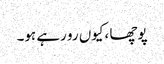
پوچھا ،کیوں رو رہے ہو۔